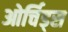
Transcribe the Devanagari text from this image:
ओर्चिड्स